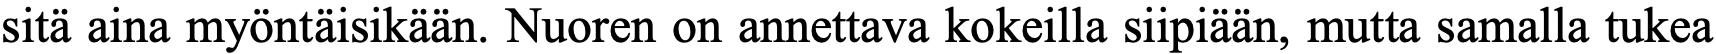
sitä aina myöntäisikään. Nuoren on annettava kokeilla siipiään, mutta samalla tukea